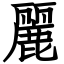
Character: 麗